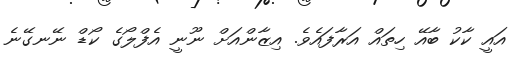
އައީ ކާކު ބާއޭ ހިތައް އަރާފައެވެ. އިޒާންއަށް ނޫނީ އެފްލޯގެ ކޯޑް ނޭނގޭނެ